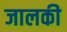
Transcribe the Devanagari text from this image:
जालकी